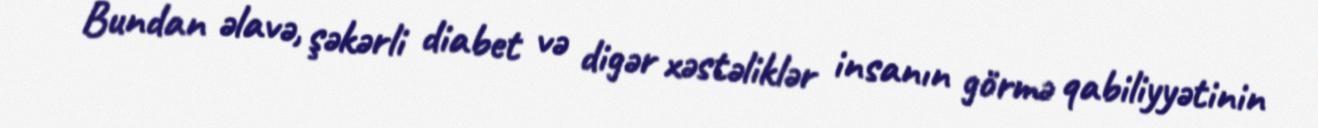
Bundan əlavə, şəkərli diabet və digər xəstəliklər insanın görmə qabiliyyətinin